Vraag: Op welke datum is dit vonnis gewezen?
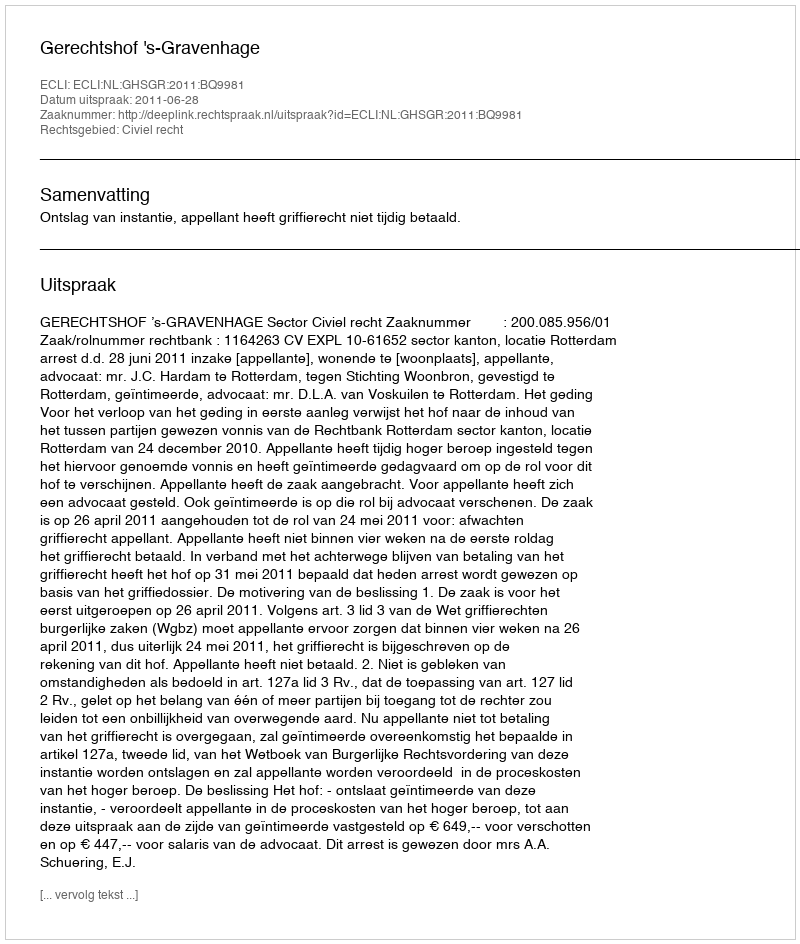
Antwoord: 2011-06-28